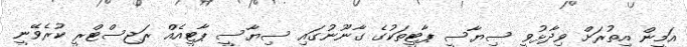
އަމީން އިތުރަށް ވިދާޅުވީ ސިޔާސީ ޕާޓީތަކުގެ ގާނޫނުގައި ސިޔާސީ ޕާޓީއެއް ރަޖިސްޓްރީ ކުރެވޭނީ